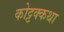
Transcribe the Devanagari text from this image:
कोट्टक्कथा